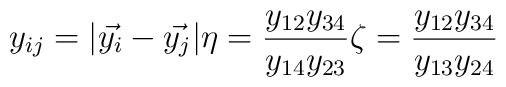
y_{ij}=|\vec{y_{i}}-\vec{y_{j}}|\eta=\frac{y_{12}y_{34}}{y_{14}y_{23}}\zeta=\frac{y_{12}y_{34}}{y_{13}y_{24}}